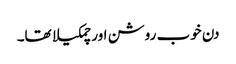
دن خوب روشن اور چمکیلا تھا۔